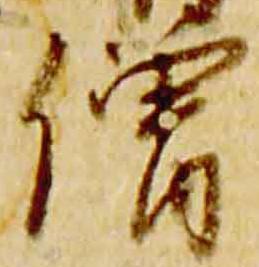
僧